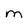
Character: M